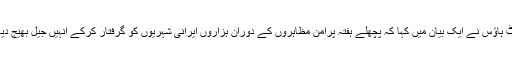
وہائٹ ہاؤس نے ایک بیان میں کہا کہ پچھلے ہفتہ پرامن مظاہروں کے دوران ہزاروں ایرانی شہریوں کو گرفتار کرکے انہیں جیل بھیج دیا گیا۔